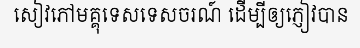
សៀវភៅមគ្គុទេសទេសចរណ៍ ដើម្បីឲ្យភ្ញៀវបាន